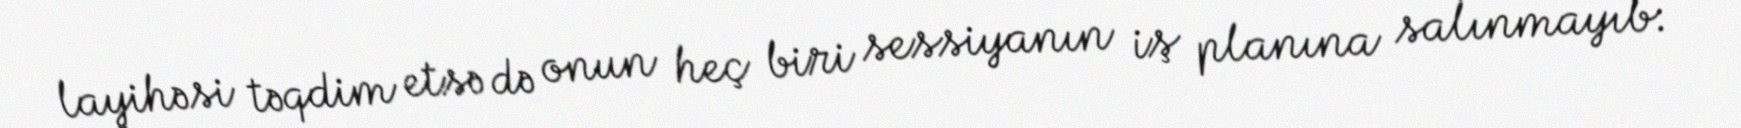
layihəsi təqdim etsə də onun heç biri sessiyanın iş planına salınmayıb: